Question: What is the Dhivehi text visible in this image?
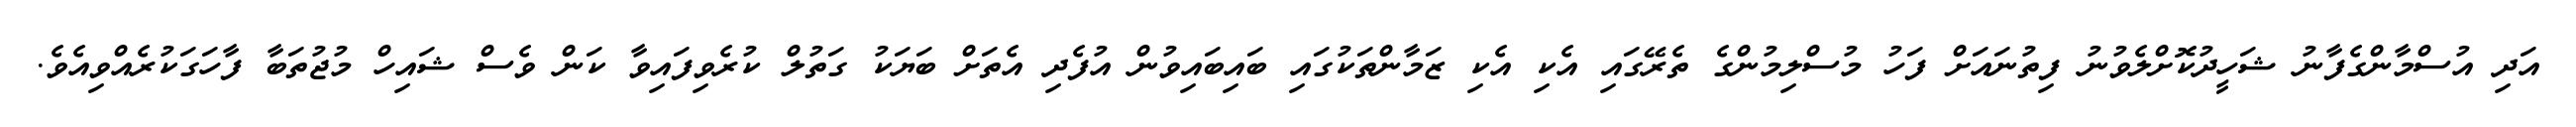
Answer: އަދި އުސްމާންގެފާނު ޝަހީދުކޮށްލެވުނު ފިތުނައަށް ފަހު މުސްލިމުންގެ ތެރޭގައި އެކި އެކި ޒަމާންތަކުގައި ބައިބައިވުން އުފެދި އެތަށް ބަޔަކު ގަތުލް ކުރެވިފައިވާ ކަން ވެސް ޝައިހް މުޖުތަބާ ފާހަގަކުރެއްވިއެވެ.